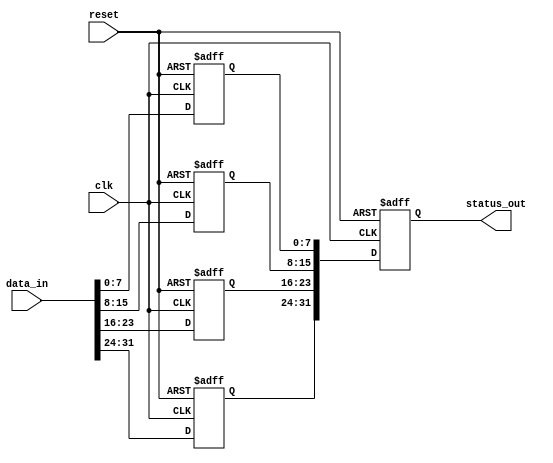
module cascaded_ff_detector #(
    parameter NUM_BLOCKS = 4,
    parameter BLOCK_SIZE = 8
)(
    input wire clk,                  // Main clock signal
    input wire reset,                // Asynchronous reset
    input wire [NUM_BLOCKS*BLOCK_SIZE-1:0] data_in, // Input data lines for flip-flops
    output reg [NUM_BLOCKS*BLOCK_SIZE-1:0] status_out // Status output
);

    // Internal memory blocks to hold the state of flip-flops
    reg [BLOCK_SIZE-1:0] mem_block[0:NUM_BLOCKS-1];
    
    // Edge detection signals
    reg [BLOCK_SIZE-1:0] data_prev[0:NUM_BLOCKS-1];
    reg [BLOCK_SIZE-1:0] rising_edge[0:NUM_BLOCKS-1];
    reg [BLOCK_SIZE-1:0] falling_edge[0:NUM_BLOCKS-1];

    integer i;

    // Asynchronous reset and state capture on clock edge
    always @(posedge clk or posedge reset) begin
        if (reset) begin
            // Reset all memory blocks and status outputs
            for (i = 0; i < NUM_BLOCKS; i = i + 1) begin
                mem_block[i] <= 0;
                data_prev[i] <= 0;
                rising_edge[i] <= 0;
                falling_edge[i] <= 0;
            end
            status_out <= 0;
        end else begin
            // State capture and edge detection
            for (i = 0; i < NUM_BLOCKS; i = i + 1) begin
                // Update memory block with current data
                mem_block[i] <= data_in[i*BLOCK_SIZE +: BLOCK_SIZE];

                // Edge detection logic
                rising_edge[i] <= (data_in[i*BLOCK_SIZE +: BLOCK_SIZE] & ~data_prev[i]);
                falling_edge[i] <= (~data_in[i*BLOCK_SIZE +: BLOCK_SIZE] & data_prev[i]);
                
                // Update previous data for next clock cycle
                data_prev[i] <= data_in[i*BLOCK_SIZE +: BLOCK_SIZE];
            end
            
            // Update status output with the current states of memory blocks
            for (i = 0; i < NUM_BLOCKS; i = i + 1) begin
                status_out[i*BLOCK_SIZE +: BLOCK_SIZE] <= mem_block[i];
            end
        end
    end

endmodule